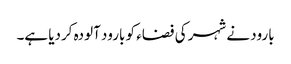
بارود نے شہر کی فضاء کو بارود آلودہ کردیا ہے۔